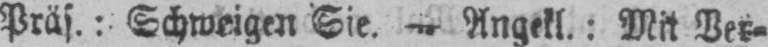
Präs.: Schweigen Sie. - Angekl.: Mit Ver⸗